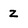
Character: z